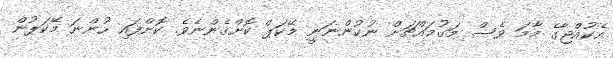
އެކުއްޖާގެ މާމަ ވެސް މަގުމައްޗަށް ނުކުންނަނީ މޭކަޕް ކޮށްގެންނެވެ. ކޮށްފައި ހުންނަ މޭކަޕުން